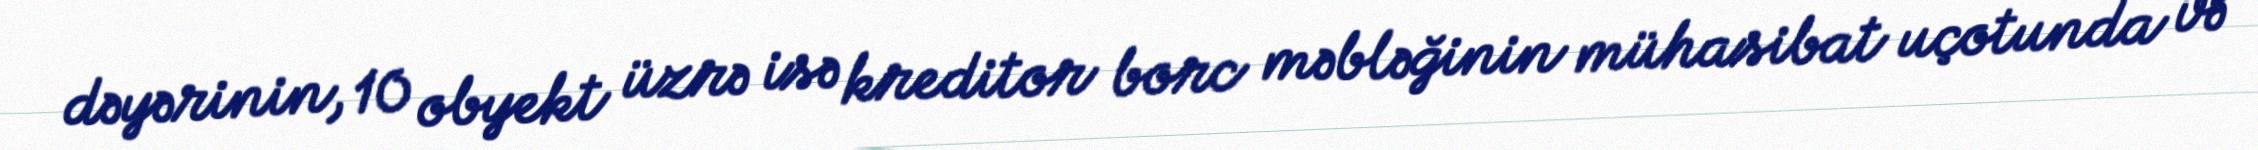
dəyərinin, 10 obyekt üzrə isə kreditor borc məbləğinin mühasibat uçotunda və